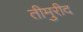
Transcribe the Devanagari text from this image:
तीमुरीद